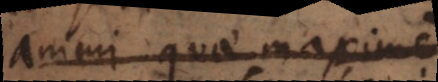
animi quae maxime